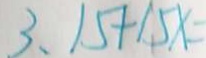
3 、 1 5 + 1 5 x =